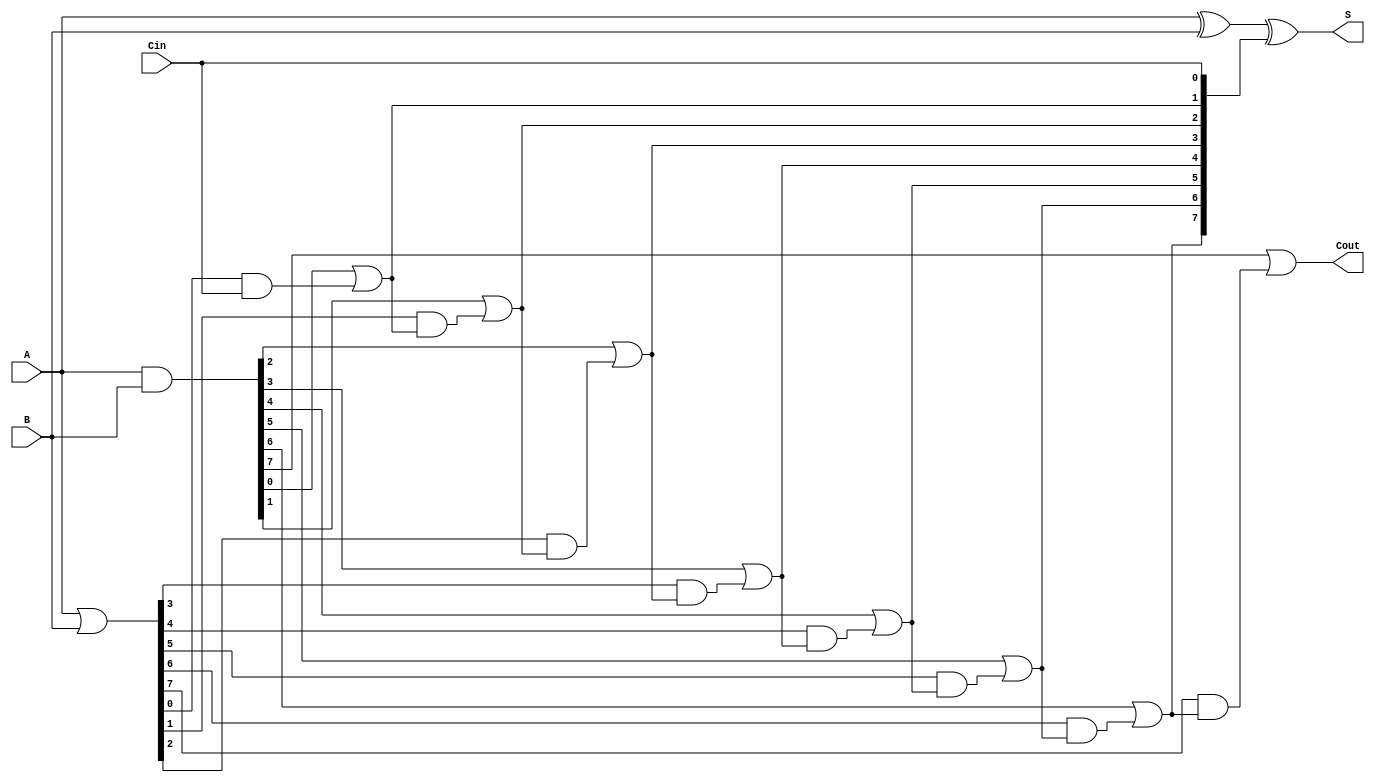
module PrecomputationCarryAdder #(parameter N = 8) (
    input  wire [N-1:0] A,   // First n-bit input
    input  wire [N-1:0] B,   // Second n-bit input
    input  wire Cin,          // Carry-in
    output wire [N-1:0] S,    // n-bit sum output
    output wire Cout          // Carry-out
);

    // Generate and Propagate signals
    wire [N-1:0] G; // Generate
    wire [N-1:0] P; // Propagate
    wire [N:0] C;   // Carry signals

    // Carry generation and propagation
    assign G = A & B;                     // Generate signal
    assign P = A | B;                     // Propagate signal

    // Carry signals calculation
    assign C[0] = Cin;                    // Initial carry-in
    genvar i;
    generate
        for (i = 1; i <= N; i = i + 1) begin : carry_gen
            assign C[i] = G[i-1] | (P[i-1] & C[i-1]); // Carry calculation
        end
    endgenerate

    // Sum calculation
    assign S = A ^ B ^ C[N-1:0]; // Sum bits

    // Final carry-out
    assign Cout = C[N];

endmodule